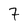
Character: 7